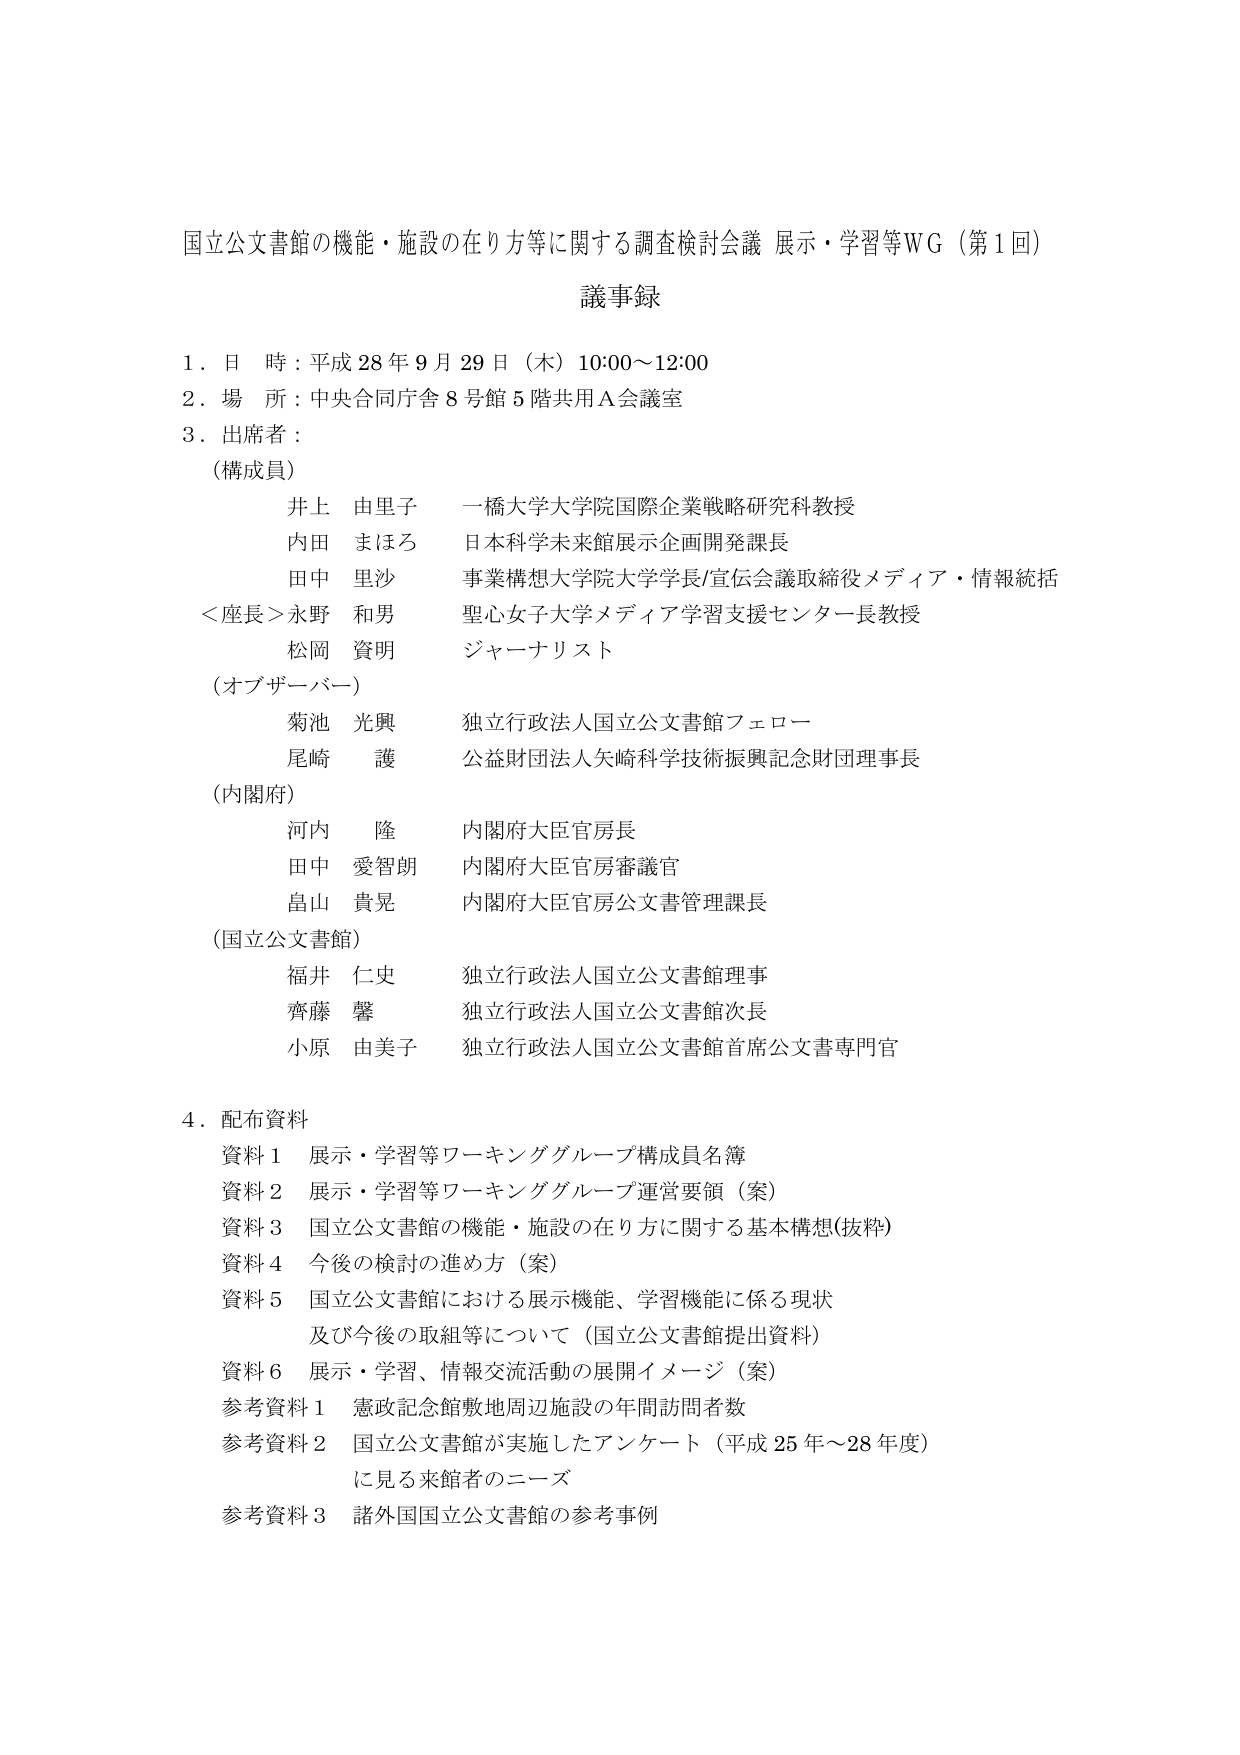
国立公文書館の機能・施設の在り方等に関する調査検討会議 展示・学習等ＷＧ（第１回）
議事録

１．日 時：平成 28 年 9 月 29 日（木）10:00～12:00
２．場 所：中央合同庁舎 8 号館 5 階共用Ａ会議室
３．出席者：
　（構成員）
　　井上 由里子　一橋大学大学院国際企業戦略研究科教授
　　内田 まほろ　日本科学未来館展示企画開発課長
　　田中 里沙　事業構想大学院大学学長/宣伝会議取締役メディア・情報統括
　＜座長＞永野 和男　聖心女子大学メディア学習支援センター長教授
　　松岡 資明　ジャーナリスト
　（オブザーバー）
　　菊池 光興　独立行政法人国立公文書館フェロー
　　尾崎 護　公益財団法人矢崎科学技術振興記念財団理事長
　（内閣府）
　　河内 隆　内閣府大臣官房長
　　田中 愛智朗　内閣府大臣官房審議官
　　畠山 貴晃　内閣府大臣官房公文書管理課長
　（国立公文書館）
　　福井 仁史　独立行政法人国立公文書館理事
　　齊藤 驚　独立行政法人国立公文書館次長
　　小原 由美子　独立行政法人国立公文書館首席公文書専門官

４．配布資料
　資料１　展示・学習等ワーキンググループ構成員名簿
　資料２　展示・学習等ワーキンググループ運営要領（案）
　資料３　国立公文書館の機能・施設の在り方に関する基本構想(抜粋)
　資料４　今後の検討の進め方（案）
　資料５　国立公文書館における展示機能、学習機能に係る現状
　　　　　及び今後の取組等について（国立公文書館提出資料）
　資料６　展示・学習、情報交流活動の展開イメージ（案）
　参考資料１　憲政記念館敷地周辺施設の年間訪問者数
　参考資料２　国立公文書館が実施したアンケート（平成 25 年～28 年度）
　　　　　　に見る来館者のニーズ
　参考資料３　諸外国国立公文書館の参考事例